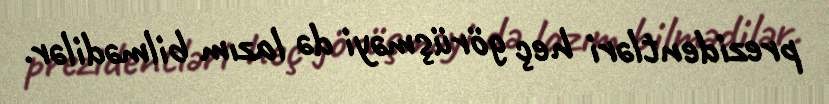
prezidentləri heç görüşməyi də lazım bilmədilər.